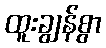
ထူးချွန်စွာ